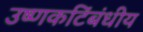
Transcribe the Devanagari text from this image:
उष्णकटिंबंधीय